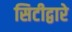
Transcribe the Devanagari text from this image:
सिटीद्वारे